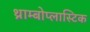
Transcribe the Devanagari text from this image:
थ्राम्बोप्लास्टिक